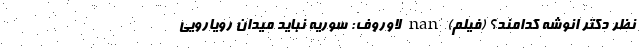
نظر دکتر انوشه کدامند؟ (فیلم) nan لاوروف: سوریه نباید میدان رویارویی